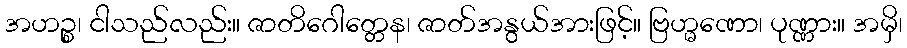
အဟဉ္စ၊ ငါသည်လည်း။ ဇာတိဂေါတ္တေန၊ ဇာတ်အနွယ်အားဖြင့်။ ဗြဟ္မဏော၊ ပုဏ္ဏား။ အမှိ၊